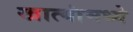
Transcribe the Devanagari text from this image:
खात्यांमध्ये